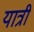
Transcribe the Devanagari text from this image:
यात्री